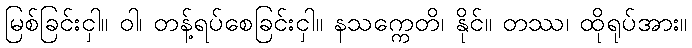
မြစ်ခြင်းငှါ။ ဝါ၊ တန့်ရပ်စေခြင်းငှါ။ နသက္ကေတိ၊ နိုင်။ တဿ၊ ထိုရုပ်အား။